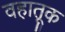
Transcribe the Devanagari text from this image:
वहातूक